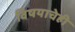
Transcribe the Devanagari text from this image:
विषयाचेही